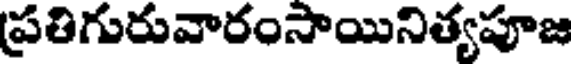
ప్రతిగురువారంసాయినిత్యపూజ